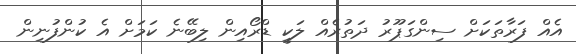
އެއް ފަރާތަކަށް ސިންގަޕޫރު ދަތުރެއް ލަކީ ޑްރޯއިން ލިބޭނެ ކަމަށް އެ ކުންފުނިން